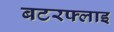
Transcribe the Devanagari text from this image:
बटरफ्लाइ